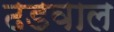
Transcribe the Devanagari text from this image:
ढडवाल